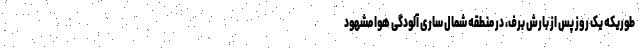
طوریکه یک روز پس از بارش برف، در منطقه شمال ساری آلودگی هوا مشهود